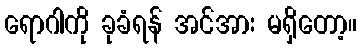
ရောဂါကို ခုခံရန် အင်အား မရှိတော့။